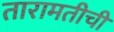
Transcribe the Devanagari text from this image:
तारामतीची